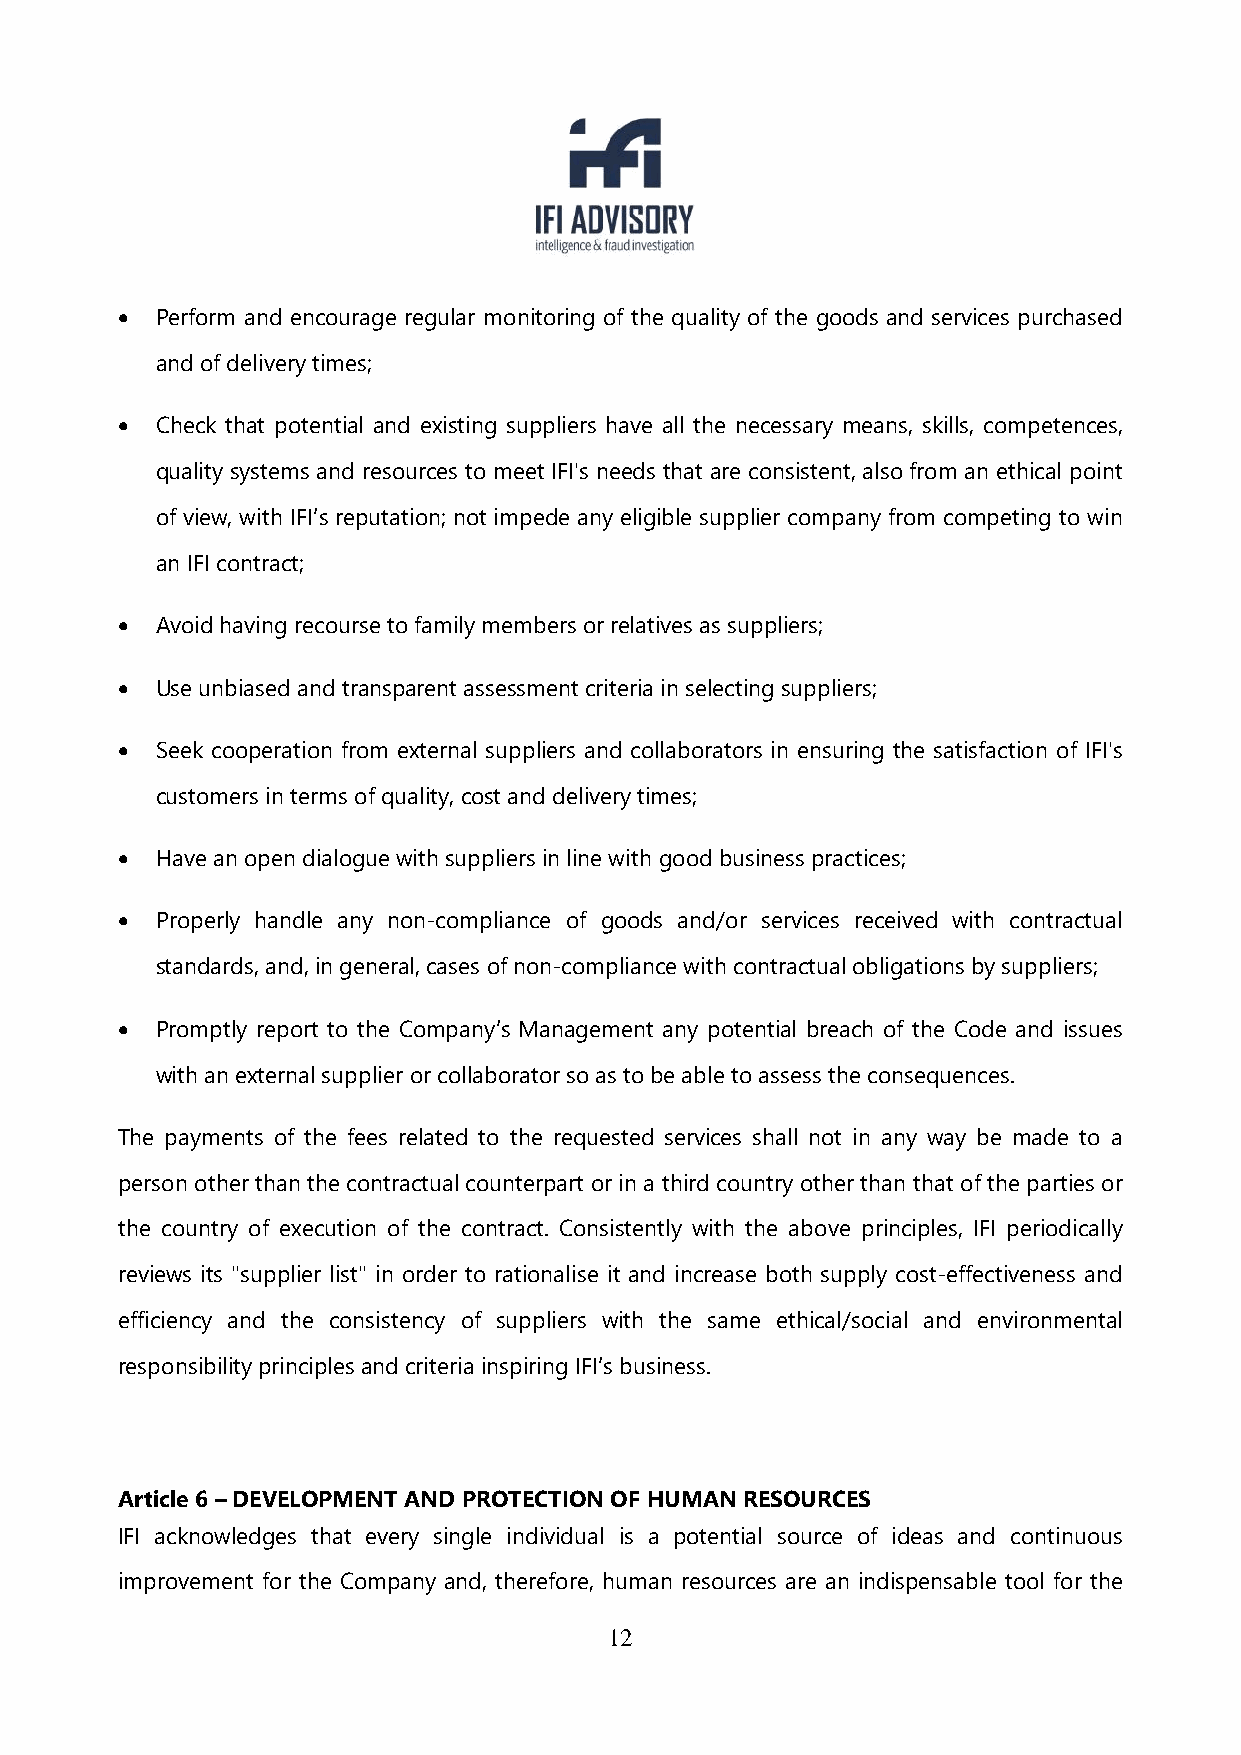
 Perform and encourage regular monitoring of the quality of the goods and services purchased
 and of delivery times;
  Check that potential and existing suppliers have all the necessary means, skills, competences,
 quality systems and resources to meet IFI's needs that are consistent, also from an ethical point
 of view, with IFI’s reputation; not impede any eligible supplier company from competing to win
 an IFI contract;
  Avoid having recourse to family members or relatives as suppliers;
  Use unbiased and transparent assessment criteria in selecting suppliers;
  Seek cooperation from external suppliers and collaborators in ensuring the satisfaction of IFI's
 customers in terms of quality, cost and delivery times;
  Have an open dialogue with suppliers in line with good business practices;
  Properly handle any non-compliance of goods and/or services received with contractual
 standards, and, in general, cases of non-compliance with contractual obligations by suppliers;
  Promptly report to the Company’s Management any potential breach of the Code and issues
 with an external supplier or collaborator so as to be able to assess the consequences.
 The payments of the fees related to the requested services shall not in any way be made to a
 person other than the contractual counterpart or in a third country other than that of the parties or
 the country of execution of the contract. Consistently with the above principles, IFI periodically
 reviews its "supplier list" in order to rationalise it and increase both supply cost-effectiveness and
 efficiency and the consistency of suppliers with the same ethical/social and environmental
 responsibility principles and criteria inspiring IFI’s business.
 Article 6 – DEVELOPMENT AND PROTECTION OF HUMAN RESOURCES
 IFI acknowledges that every single individual is a potential source of ideas and continuous
 improvement for the Company and, therefore, human resources are an indispensable tool for the
 12